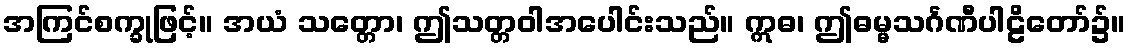
အကြင်စက္ခုဖြင့်။ အယံ သတ္တော၊ ဤသတ္တဝါအပေါင်းသည်။ ဣဓ၊ ဤဓမ္မသင်္ဂဏီပါဠိတော်၌။